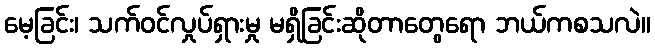
မေ့ခြင်း၊ သက်ဝင်လှုပ်ရှားမှု မရှိခြင်းဆိုတာတွေရော ဘယ်ကစသလဲ။